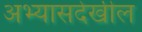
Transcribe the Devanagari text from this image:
अभ्यासदेखील